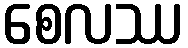
စေလဿ